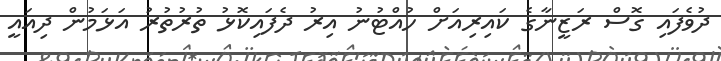
ދުވެފައި ގޮސް ރަޒީނާގެ ކައިރިއަށް ހުއްޓުނު އިރު ދެފައިކޮޅު ތުރުތުރު އަޅަމުން ދިއައީ